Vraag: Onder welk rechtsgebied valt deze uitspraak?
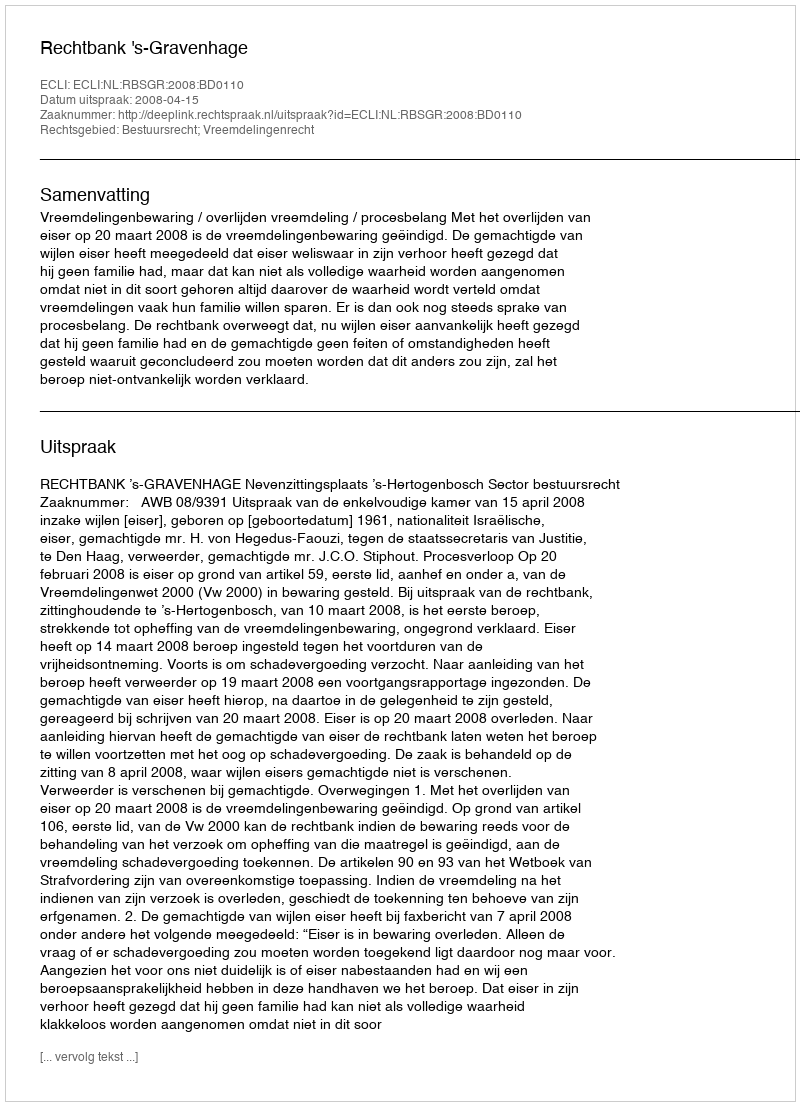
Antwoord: Bestuursrecht; Vreemdelingenrecht